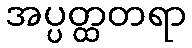
အပ္ပတ္ထတရာ